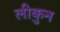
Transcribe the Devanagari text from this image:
लीकुन